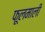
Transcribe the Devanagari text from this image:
फूलमाली